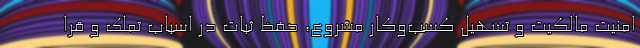
امنیت مالکیت و تسهیل کسب‌وکار مشروع، حفظ ثبات در اسباب تملک و قرا